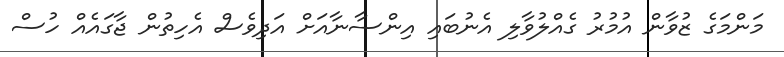
މަންމަގެ ޒުވާން އުމުރު ގެއްލުވާލި އެނުބައި އިންސާނާއަށް އަދިވެސް އެހިތުން ޖާގައެއް ހުސް